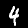
Digit: 4